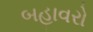
બહાવરો